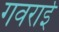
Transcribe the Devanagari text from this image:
गवराई